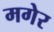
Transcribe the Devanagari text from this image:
मगेर